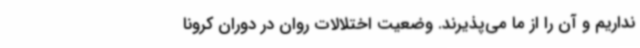
نداریم و آن را از ما می‌پذیرند. وضعیت اختلالات روان در دوران کرونا